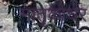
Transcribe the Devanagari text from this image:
मातृकाधर